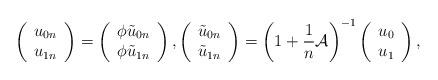
LaTeX: \begin{align*}\left(\begin{array}{c}u_{0n}\\u_{1n}\end{array}\right)=\left(\begin{array}{c}\phi \tilde{u}_{0n}\\\phi \tilde{u}_{1n}\end{array}\right),\left(\begin{array}{c}\tilde{u}_{0n}\\\tilde{u}_{1n}\end{array}\right)=\left(1+\frac{1}{n}\mathcal{A}\right)^{-1}\left(\begin{array}{c}u_0\\u_1\end{array}\right),\end{align*}